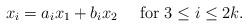
LaTeX: \begin{align*} x_i=a_ix_1+b_ix_2~~~\mbox{ for }3\leq i\leq 2k.\end{align*}